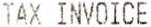
TAX INVOICE